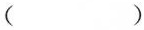
（）